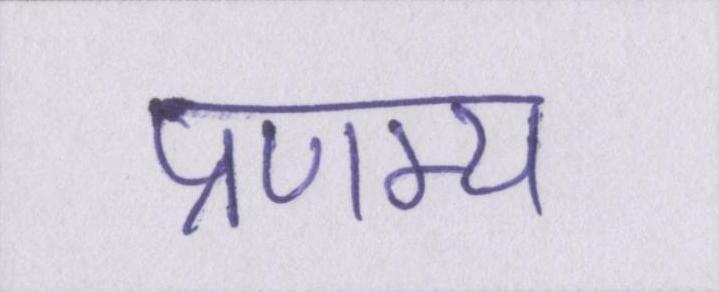
प्रणम्य